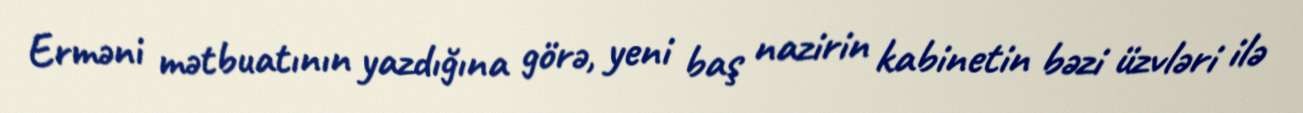
Erməni mətbuatının yazdığına görə, yeni baş nazirin kabinetin bəzi üzvləri ilə